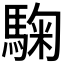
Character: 𩣽